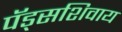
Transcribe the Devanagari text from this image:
पॅड्सशिवाय